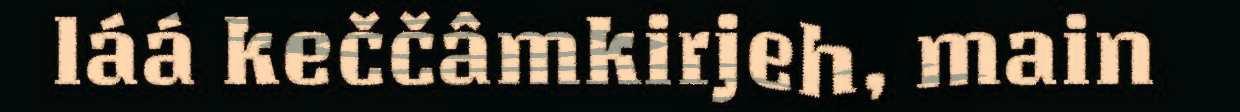
láá keččâmkirjeh, main